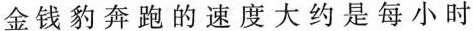
金钱豹奔跑的速度大约是每小时